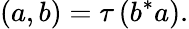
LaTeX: (a,b)=\tau\left(b^{*}a\right).